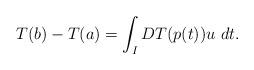
LaTeX: \begin{align*}T(b)-T(a)=\int_I DT(p(t))u \ dt.\end{align*}